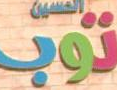
توب